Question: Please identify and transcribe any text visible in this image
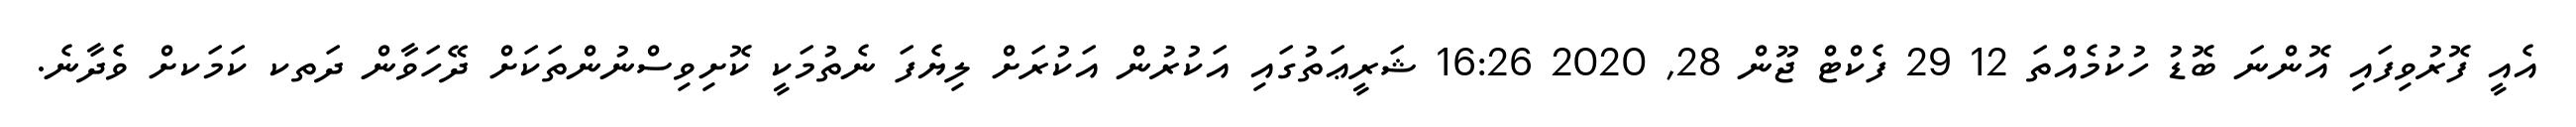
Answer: އެއީ ފޮރުވިފައި އޮންނަ ބޮޑު ހުކުމެއްތަ 12 29 ފެކްޓް ޖޫން 28, 2020 16:26 ޝަރީޢަތުގައި އަކުރުން އަކުރަށް ލިޔެފަ ނެތުމަކީ ކޮށިވިސްނުންތަކަށް ދޭހަވާން ދަތކ ކަމަކށް ވެދާނެ.